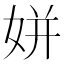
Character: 姘